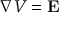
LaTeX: \nabla V = \mathbf { E }